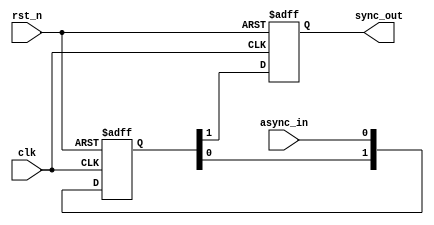
module async_to_sync_converter (
    input wire clk,          // Synchronous clock input
    input wire rst_n,       // Active low reset
    input wire async_in,    // Asynchronous input signal
    output reg sync_out     // Synchronized output signal
);

    // Internal signals for metastability handling
    reg [1:0] sync_ff;      // Two flip-flops for synchronization

    // Synchronous reset and sampling of the asynchronous input
    always @(posedge clk or negedge rst_n) begin
        if (!rst_n) begin
            sync_ff <= 2'b00; // Reset the flip-flops
            sync_out <= 1'b0; // Reset output
        end else begin
            sync_ff <= {sync_ff[0], async_in}; // Shift in the async signal
            // Output is stable when both flip-flops have the same value
            sync_out <= sync_ff[1]; // Output the last sampled value
        end
    end

endmodule